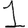
Digit: 1